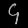
Digit: ၄